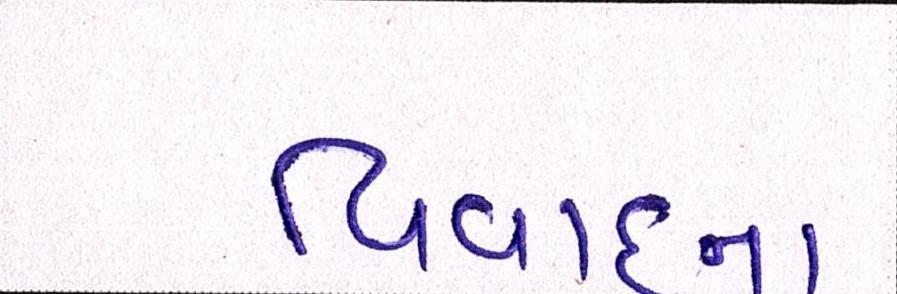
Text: વિવાદના